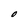
Character: O